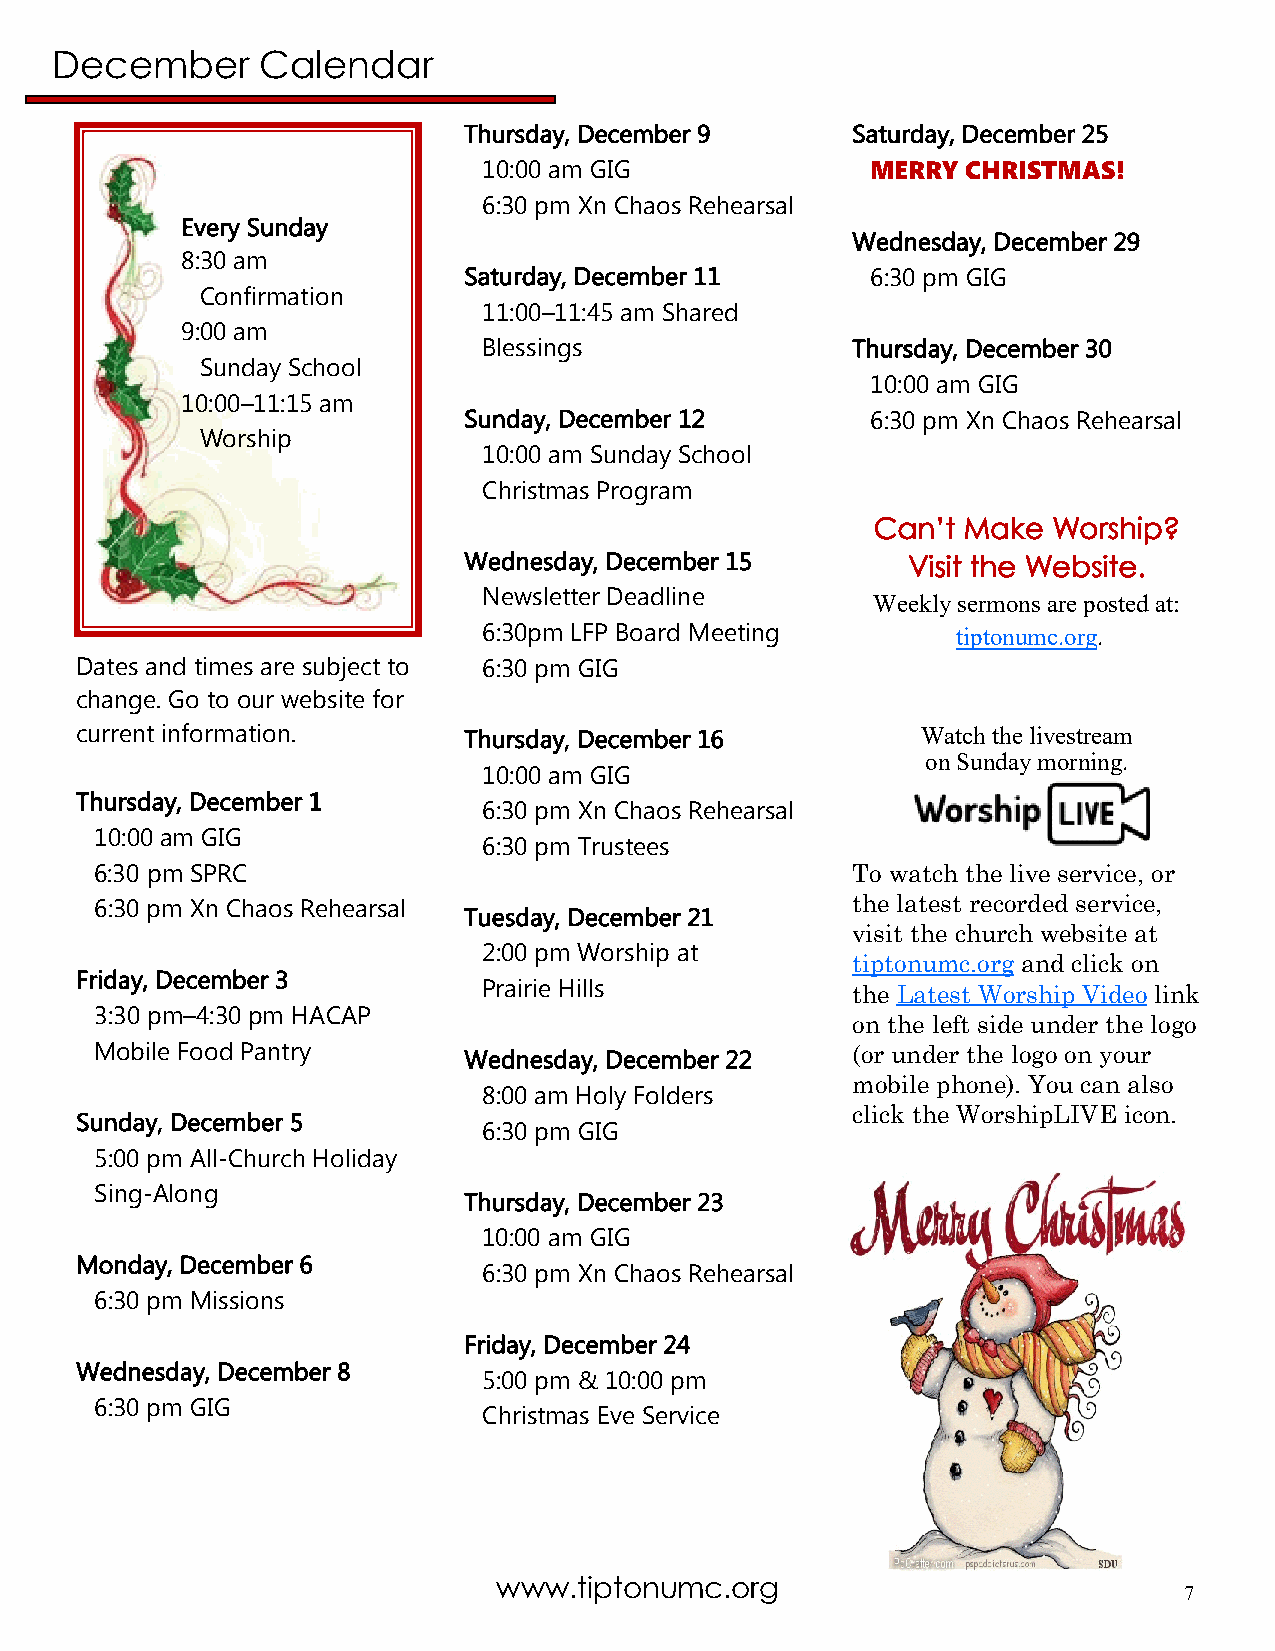
December      Calendar
 Thursday, December 9     Saturday, December 25
 10:00 am GIG              MERRY CHRISTMAS!
 6:30 pm Xn Chaos Rehearsal
 Every Sunday
 Wednesday, December 29
 8:30 am
 Saturday, December 11      6:30 pm GIG
 Confirmation
 11:00–11:45 am Shared
 9:00 am
 Blessings               Thursday, December 30
 Sunday School
 10:00 am GIG
 10:00–11:15 am
 Sunday, December 12        6:30 pm Xn Chaos Rehearsal
 Worship
 10:00 am Sunday School
 Christmas Program
 Can’t Make  Worship?
 Wednesday, December 15       Visit the Website.
 Newsletter Deadline
 Weekly sermons are posted at:
 6:30pm LFP Board Meeting       tiptonumc.org.
 Dates and times are subject to 6:30 pm GIG
 change. Go to our website for
 current information.      Thursday, December 16         Watch the livestream
 on Sunday morning.
 10:00 am GIG
 Thursday, December 1
 6:30 pm Xn Chaos Rehearsal
 10:00 am GIG
 6:30 pm Trustees
 6:30 pm SPRC                                      To watch the live service, or
 6:30 pm Xn Chaos Rehearsal                        the latest recorded service,
 Tuesday, December 21
 visit the church website at
 2:00 pm Worship at
 tiptonumc.org and click on
 Friday, December 3
 Prairie Hills           the Latest Worship Video link
 3:30 pm–4:30 pm HACAP
 on the left side under the logo
 Mobile Food Pantry       Wednesday, December 22   (or under the logo on your
 mobile phone). You can also
 8:00 am Holy Folders
 click the WorshipLIVE icon.
 Sunday, December 5
 6:30 pm GIG
 5:00 pm All-Church Holiday
 Sing-Along
 Thursday, December 23
 10:00 am GIG
 Monday, December 6
 6:30 pm Xn Chaos Rehearsal
 6:30 pm Missions
 Friday, December 24
 Wednesday, December 8
 5:00 pm & 10:00 pm
 6:30 pm GIG
 Christmas Eve Service
 www.tiptonumc.org
 7